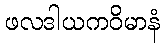
ဖလဒါယကဝိမာနံ